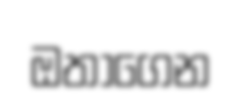
ඔතාගෙන